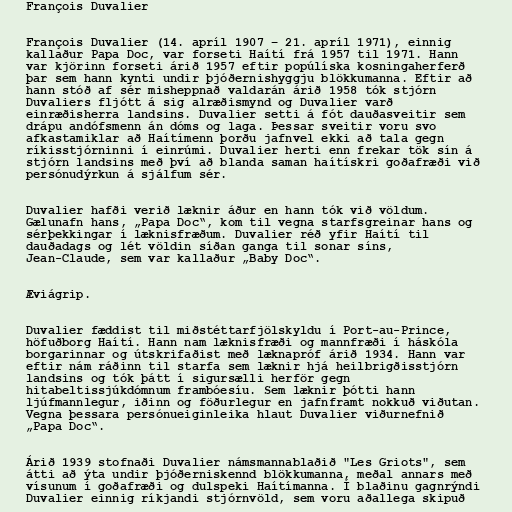
François Duvalier

François Duvalier (14. apríl 1907 – 21. apríl 1971), einnig
kallaður Papa Doc, var forseti Haítí frá 1957 til 1971. Hann
var kjörinn forseti árið 1957 eftir popúlíska kosningaherferð
þar sem hann kynti undir þjóðernishyggju blökkumanna. Eftir að
hann stóð af sér misheppnað valdarán árið 1958 tók stjórn
Duvaliers fljótt á sig alræðismynd og Duvalier varð
einræðisherra landsins. Duvalier setti á fót dauðasveitir sem
drápu andófsmenn án dóms og laga. Þessar sveitir voru svo
afkastamiklar að Haítímenn þorðu jafnvel ekki að tala gegn
ríkisstjórninni í einrúmi. Duvalier herti enn frekar tök sín á
stjórn landsins með því að blanda saman haítískri goðafræði við
persónudýrkun á sjálfum sér.

Duvalier hafði verið læknir áður en hann tók við völdum.
Gælunafn hans, „Papa Doc“, kom til vegna starfsgreinar hans og
sérþekkingar í læknisfræðum. Duvalier réð yfir Haítí til
dauðadags og lét völdin síðan ganga til sonar síns,
Jean-Claude, sem var kallaður „Baby Doc“.

Æviágrip.

Duvalier fæddist til miðstéttarfjölskyldu í Port-au-Prince,
höfuðborg Haítí. Hann nam læknisfræði og mannfræði í háskóla
borgarinnar og útskrifaðist með læknapróf árið 1934. Hann var
eftir nám ráðinn til starfa sem læknir hjá heilbrigðisstjórn
landsins og tók þátt í sigursælli herför gegn
hitabeltissjúkdómnum frambóesíu. Sem læknir þótti hann
ljúfmannlegur, iðinn og föðurlegur en jafnframt nokkuð viðutan.
Vegna þessara persónueiginleika hlaut Duvalier viðurnefnið
„Papa Doc“.

Árið 1939 stofnaði Duvalier námsmannablaðið "Les Griots", sem
átti að ýta undir þjóðerniskennd blökkumanna, meðal annars með
vísunum í goðafræði og dulspeki Haítímanna. Í blaðinu gagnrýndi
Duvalier einnig ríkjandi stjórnvöld, sem voru aðallega skipuð